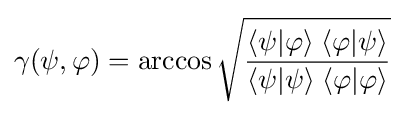
\gamma (\psi ,\varphi )=\arccos {\sqrt {\frac {\langle \psi \vert \varphi \rangle \;\langle \varphi \vert \psi \rangle }{\langle \psi \vert \psi \rangle \;\langle \varphi \vert \varphi \rangle }}}